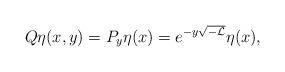
LaTeX: \begin{align*}Q\eta(x,y)=P_y \eta(x)=e^{-y\sqrt{-\mathcal{L}}} \eta(x),\end{align*}